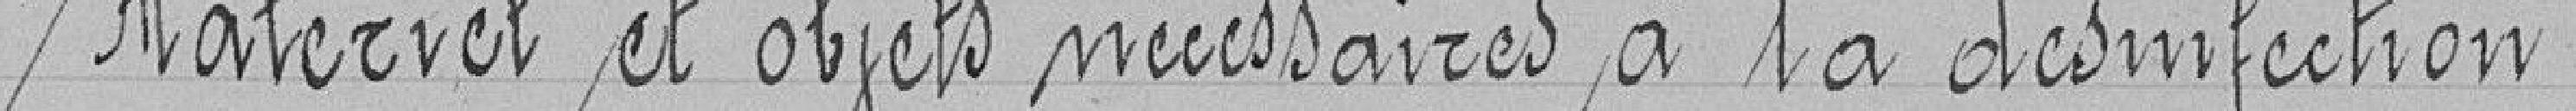
Matériel et objets nécessaires à la désinfection